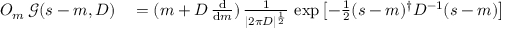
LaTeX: \begin{array} { r l } { O _ { m } \, { \mathcal { G } } ( s - m , D ) } & { { } = ( m + D \, { \frac { \mathrm { d } } { \mathrm { d } m } } ) \, { \frac { 1 } { | 2 \pi D | ^ { \frac { 1 } { 2 } } } } \, \exp \left[ - { \frac { 1 } { 2 } } ( s - m ) ^ { \dagger } D ^ { - 1 } ( s - m ) \right] } \end{array}